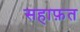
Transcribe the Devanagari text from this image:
सहाफ़त